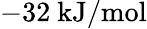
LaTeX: -32\ \mathrm{kJ/mol}